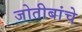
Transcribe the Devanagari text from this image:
जोतीबांचे